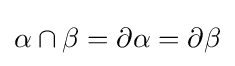
\alpha \cap \beta =\partial \alpha =\partial \beta